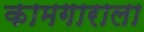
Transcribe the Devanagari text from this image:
कामगाराला